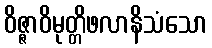
ဝိဇ္ဇာဝိမုတ္တိဖလာနိသံသော